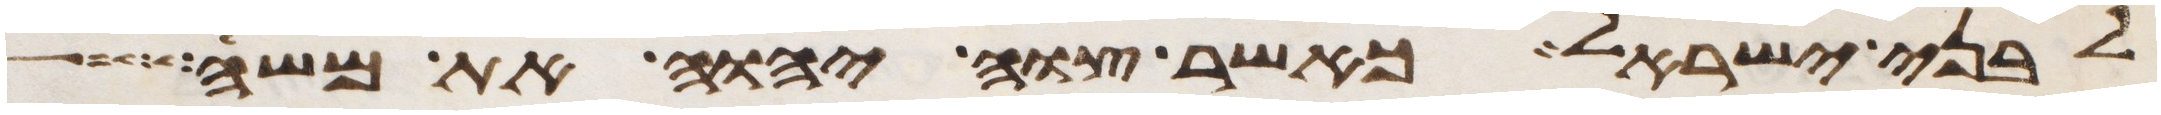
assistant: לבני ישראל כאשר צוה יהוה את משה